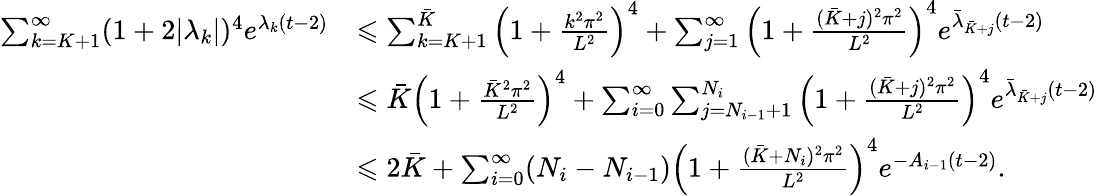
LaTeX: \begin{array}{rl}{\sum_{k=K+1}^{\infty}(1+2|\lambda_{k}|)^{4}e^{\lambda_{k}(t-2)}}&{\leqslant\sum_{k=K+1}^{\bar{K}}\left(1+\frac{k^{2}\pi^{2}}{L^{2}}\right)^{4}+\sum_{j=1}^{\infty}\left(1+\frac{(\bar{K}+j)^{2}\pi^{2}}{L^{2}}\right)^{4}e^{\bar{\lambda}_{\bar{K}+j}(t-2)}}\\ &{\leqslant\bar{K}\left(1+\frac{\bar{K}^{2}\pi^{2}}{L^{2}}\right)^{4}+\sum_{i=0}^{\infty}\sum_{j=N_{i-1}+1}^{N_{i}}\left(1+\frac{(\bar{K}+j)^{2}\pi^{2}}{L^{2}}\right)^{4}e^{\bar{\lambda}_{\bar{K}+j}(t-2)}}\\ &{\leqslant 2\bar{K}+\sum_{i=0}^{\infty}(N_{i}-N_{i-1})\left(1+\frac{(\bar{K}+N_{i})^{2}\pi^{2}}{L^{2}}\right)^{4}e^{-A_{i-1}(t-2)}.}\end{array}